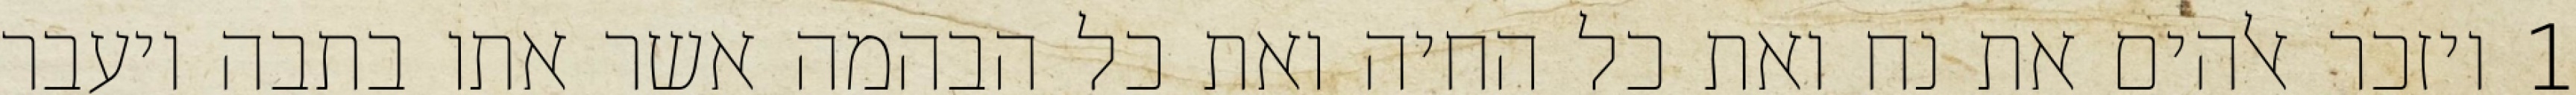
1 ויזכר אלהים את נח ואת כל החיה ואת כל הבהמה אשר אתו בתבה ויעבר